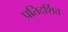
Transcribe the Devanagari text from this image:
प्रतिदर्शित